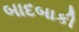
બાદબાકી